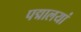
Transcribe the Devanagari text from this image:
पद्मालयां